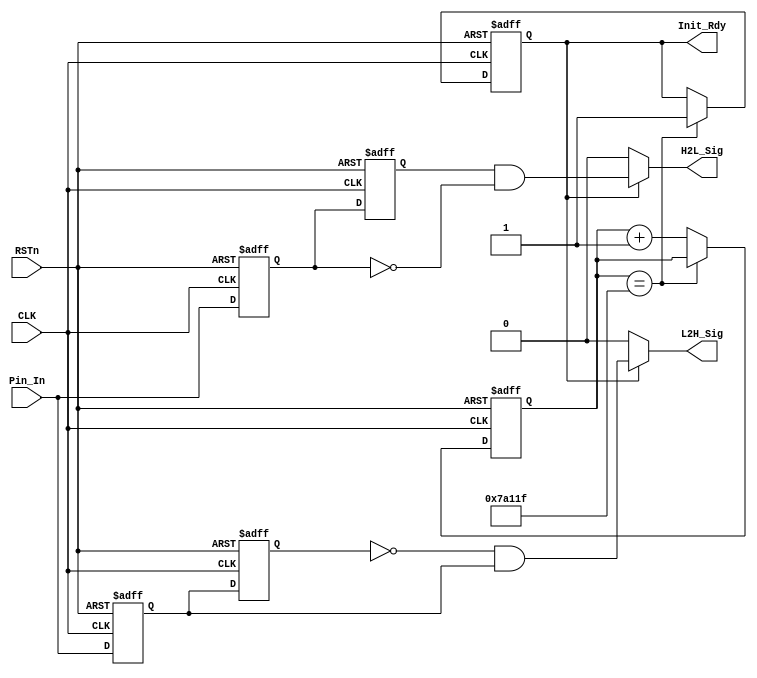
/**********************DAMMSTANGER COPYRIGHT @2016************************/	
//Sig_Edge_Detect
//
//	 dammstanger
//	 20160726
/*************************************************************************/	
module Sig_Edge_Detect 
(
    CLK, RSTn, Init_Rdy, Pin_In, H2L_Sig, L2H_Sig
);

   input CLK;
	 input RSTn;
	 output Init_Rdy;
	 input Pin_In;
	 output H2L_Sig;
	 output L2H_Sig;
	 
	 /**********************************/
	 
	 parameter T100US = 20'd499_999;			//50MHz50M*0.01-1=4_99999
	 
	 /**********************************/
	 
	 reg [19:0]Count1;
	 reg isEn;
	 always @ ( posedge CLK or negedge RSTn )
	     if( !RSTn )
		      begin
		          Count1 <= 11'd0;
		          isEn <= 1'b0;
				end	
	     else if( Count1 == T100US )		//1~10us100us
				isEn <= 1'b1;								
		  else
		      Count1 <= Count1 + 1'b1;
				
    /********************************************/
	 
	 reg H2L_F1;
	 reg H2L_F2;
	 reg L2H_F1;
	 reg L2H_F2;
	 
	 always @ ( posedge CLK or negedge RSTn )
	     if( !RSTn )
		      begin
				   H2L_F1 <= 1'b1;
					 H2L_F2 <= 1'b1;
					 L2H_F1 <= 1'b0;
					 L2H_F2 <= 1'b0;
			   end
		  else
		      begin
					 H2L_F1 <= Pin_In; 
					 H2L_F2 <= H2L_F1;
					 L2H_F1 <= Pin_In;
					 L2H_F2 <= L2H_F1;
				end
				
    /***********************************/
	 

	 assign H2L_Sig = isEn ? ( H2L_F2 & !H2L_F1 ) : 1'b0;
	 assign L2H_Sig = isEn ? ( !L2H_F2 & L2H_F1 ) : 1'b0;
	assign Init_Rdy = isEn;
	 
	 
	 /***********************************/
	 
endmodule